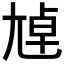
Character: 𡯴